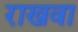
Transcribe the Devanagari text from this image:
राखवा